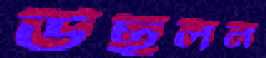
উছলন